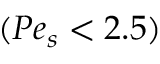
( P e _ { s } < 2 . 5 )